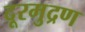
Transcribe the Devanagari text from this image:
दूरमुद्रण